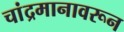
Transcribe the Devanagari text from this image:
चांद्रमानावरून